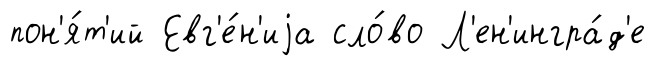
пон'я́т'ий Евг'е́н'иjа сло́во Л'ен'ингра́д'е